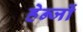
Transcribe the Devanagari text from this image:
हेन्जों